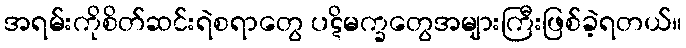
အရမ်းကိုစိတ်ဆင်းရဲစရာတွေ ပဋိမက္ခတွေအများကြီးဖြစ်ခဲ့ရတယ်။